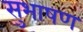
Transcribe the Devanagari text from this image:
सुभाषण